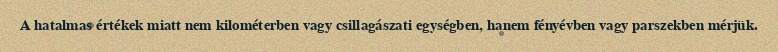
A hatalmas értékek miatt nem kilométerben vagy csillagászati egységben, hanem fényévben vagy parszekben mérjük.